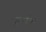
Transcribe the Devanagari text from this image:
मुसर्रफ